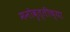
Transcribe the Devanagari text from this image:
मनोवृत्तीच्या